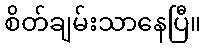
စိတ်ချမ်းသာနေပြီ။